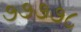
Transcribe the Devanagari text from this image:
७७७७८